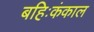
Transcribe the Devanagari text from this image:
बहिःकंकाल